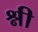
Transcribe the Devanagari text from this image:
श्नी